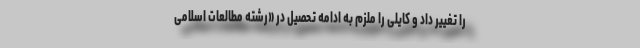
را تغییر داد و کایلی را ملزم به ادامه تحصیل در «رشته مطالعات اسلامی